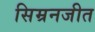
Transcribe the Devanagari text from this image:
सिम्रनजीत